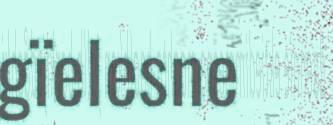
gïelesne